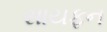
સાયફન